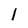
Character: l